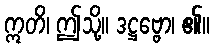
ဣတိ၊ ဤသို့။ ဒဋ္ဌဗ္ဗော၊ ၏။